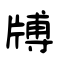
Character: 牔